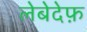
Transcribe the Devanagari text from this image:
लेबेदेफ़